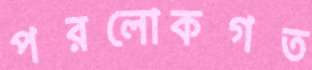
পরলোকগত